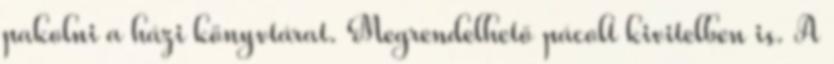
pakolni a házi könyvtárat. Megrendelhető pácolt kivitelben is. A